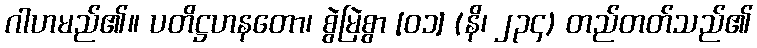
ဂါဟမည်၏။ ပတိဋ္ဌဟနတော၊ စွဲမြဲစွာ [၀၁] (နိ၊ ၂၃၄) တည်တတ်သည်၏